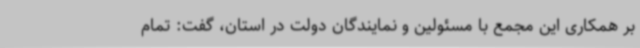
بر همکاری این مجمع با مسئولین و نمایندگان دولت در استان، گفت: تمام